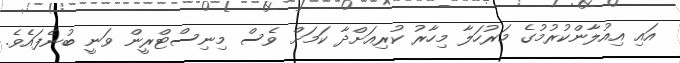
އައި އިއުލާންކުރުމުގެ މަރުހަލާ މިހާރު ކުރިއަށްދާ ކަމަށް ވެސް މިނިސްޓްރީން ވަނީ ބުނެފައެވެ.